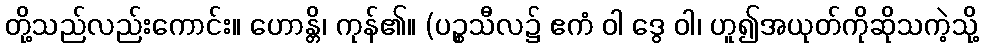
တို့သည်လည်းကောင်း။ ဟောန္တိ၊ ကုန်၏။ (ပဉ္စသီလ၌ ဧကံ ဝါ ဒွေ ဝါ၊ ဟူ၍အယုတ်ကိုဆိုသကဲ့သို့